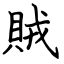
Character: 賊